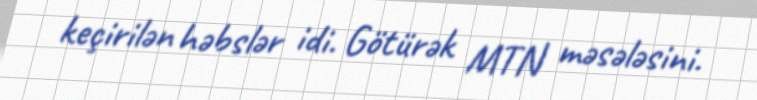
keçirilən həbslər idi. Götürək MTN məsələsini.